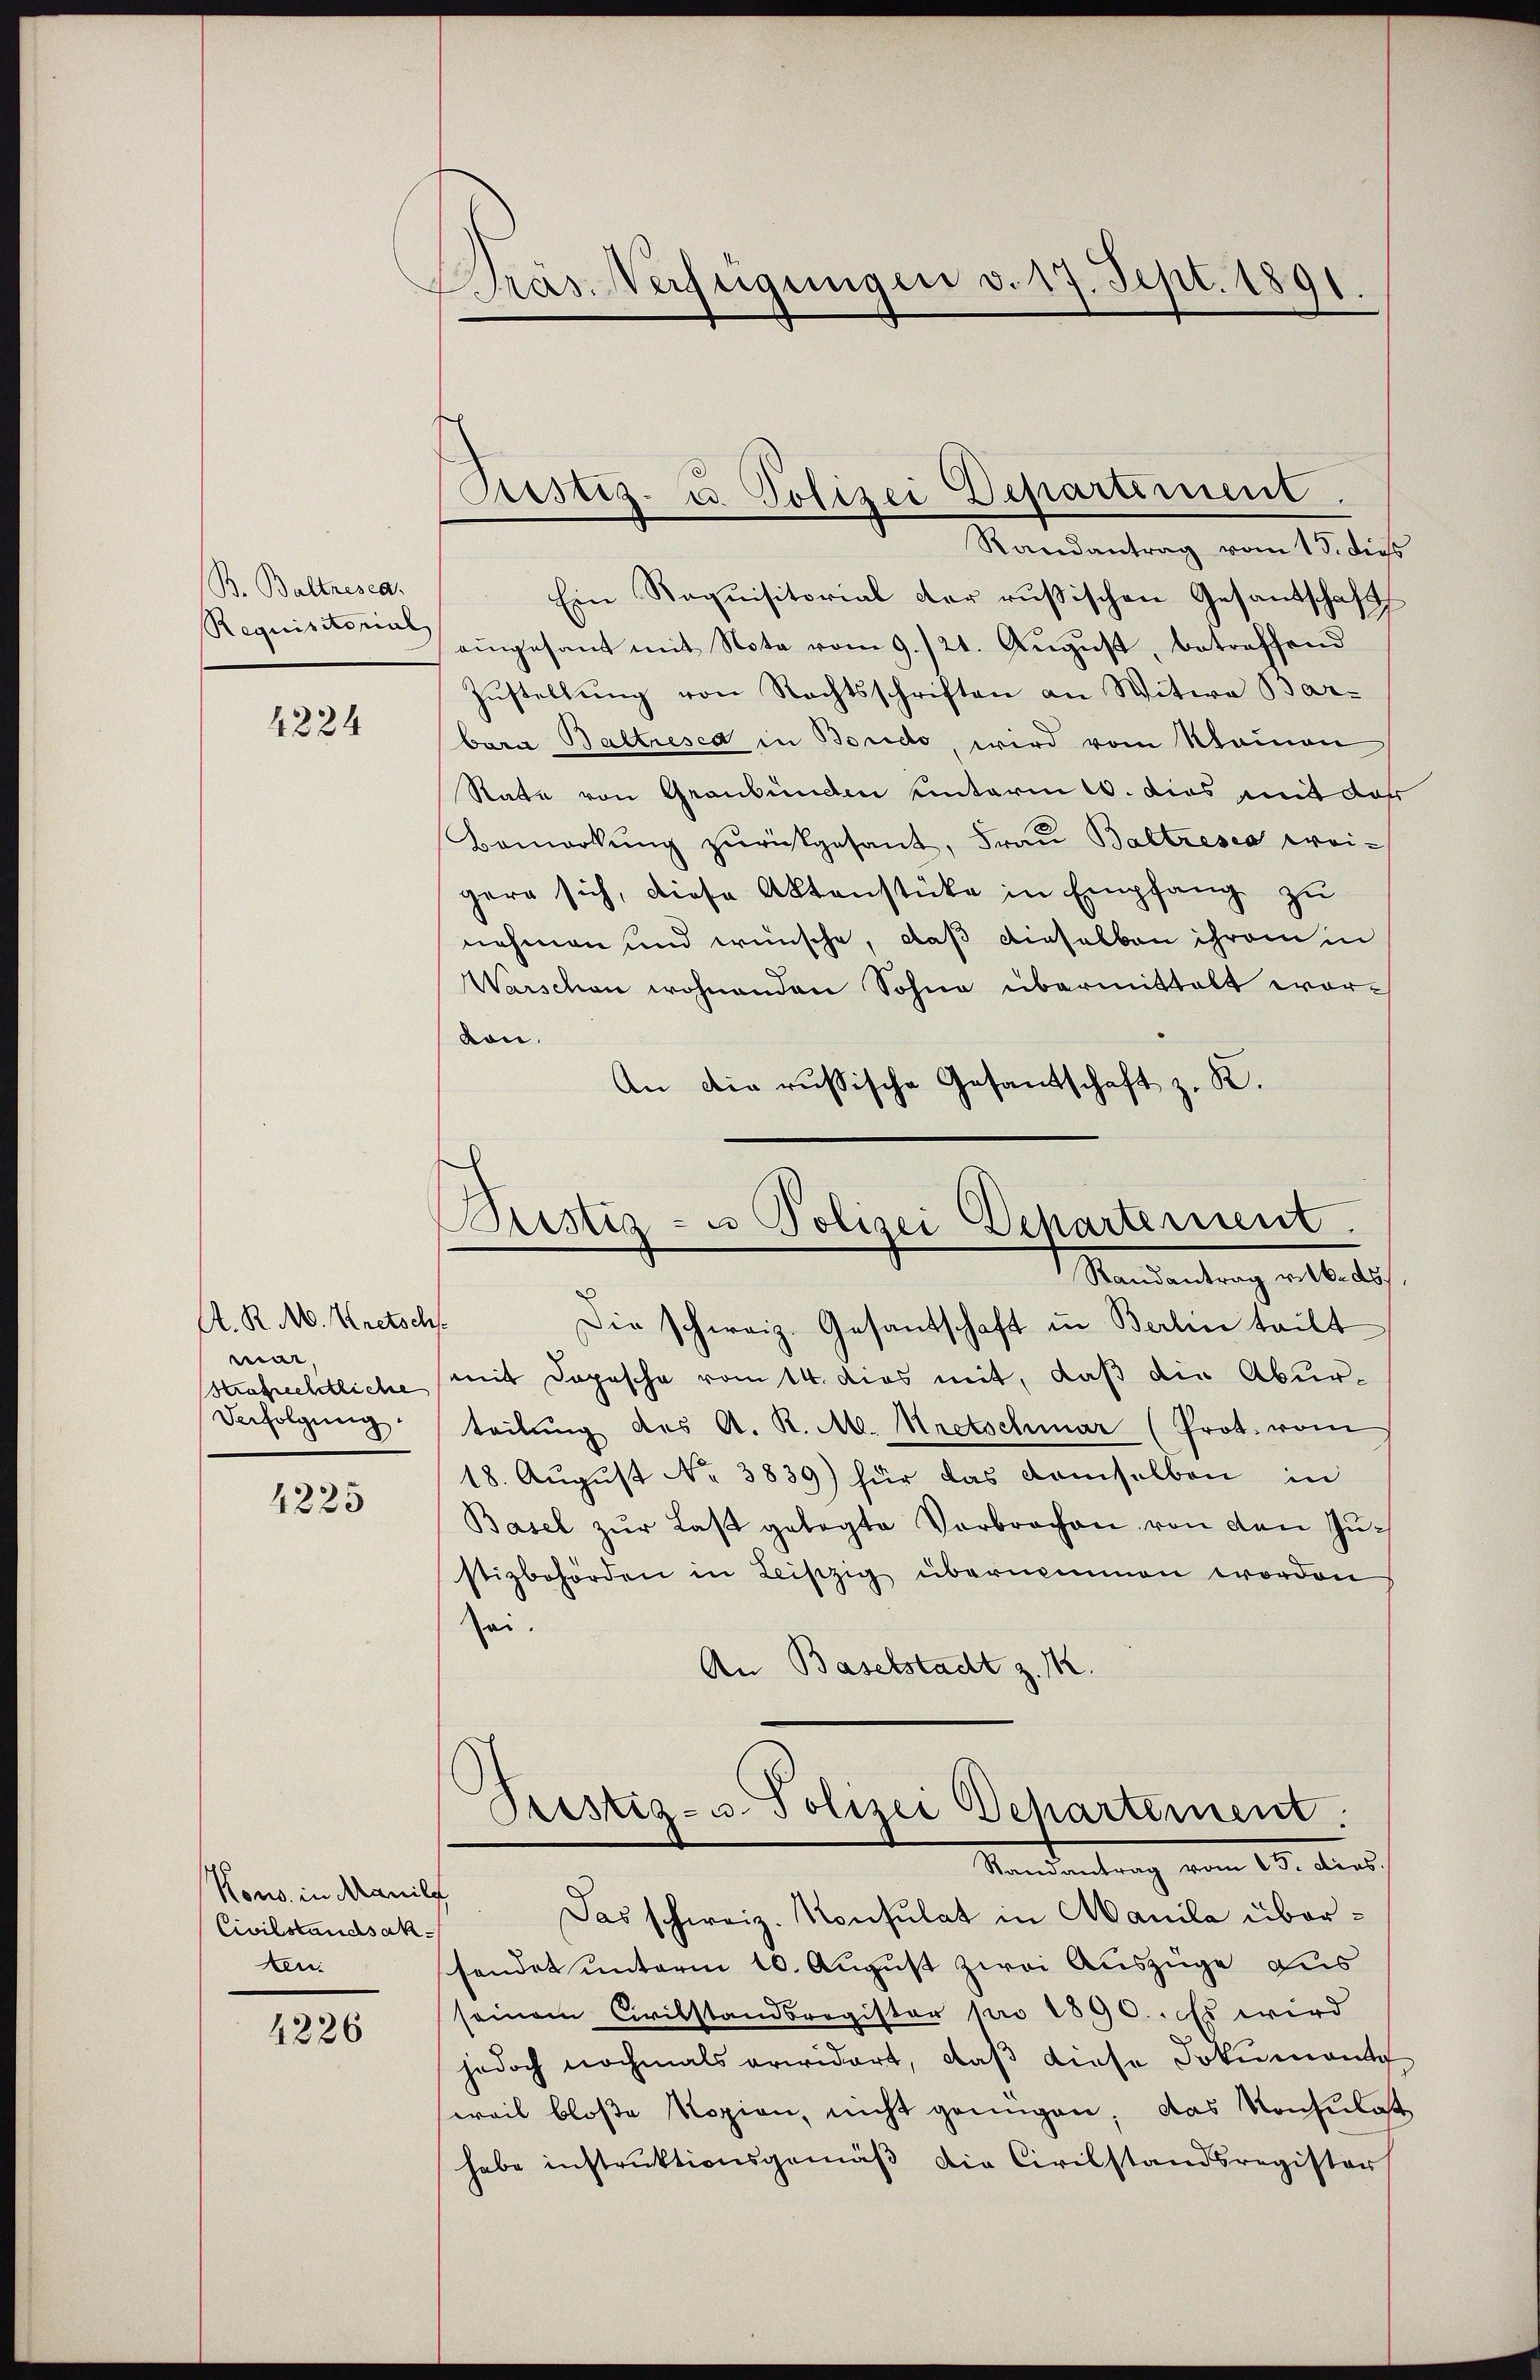
B. Baltzesea
Requisitorial

4224

A. R. M. Kretsch
mai,
Strafrechtliche
Verfolgung.

4225

Kons. in Manil
Civilstandsak
ten:

4226

Gras Verfügungen v. 17. Sept. 1891.

Ein Requisitorial der rusischen Gesandschaft
eingesant mit Nota vom 9./21. August, betreffend
Zustellung von Rechtsschriften an Witwe Barbara Baltresed in Bondo, wird vom Kleinen
Rate von Graubünden einterm 1. dies mit das
Bemerkŭng zŭrückgesant, Frau Baltresia weigern sich, diese Aktenstücke in Empfang zu
nehmen und wünsche, daß dieselben ihrem in
Warschen wohnenden Sohne übermittelt wordon.
An die russische Gesandtschaft z. K.

Pustiz- u. Polizei Departement
Randantrag vom 13. dies

Bustiz- u Polizei Departement
Namentrag an besch

Die schweiz. Gesandschaft in Berlin teilt
mit Depesche vom 14. dies mit, daß die Aburteilung des A. R. M. Kretschmar (Prot. vom
18. August No 3839) für das demselben in
Basel zŭr Last gelegte Verbrochen von den Zŭ-
stizbehörden in Leiszig übernommen worden
sei.
An Baselstadt z. M.

Pristig- u. Polizei Departement
Veniendung vom 15. Aus

t
Das schweiz. Konsulat in Manila übersendet unterm 10. August zwei Auszüge aus
seinem Civilstandsregister pro 1890. Es wird
jedoch nochmals erwidert, daß diese Dokumente
weil bloße Kopien, nicht genügen, das Konsulat
habe instruktionsgemäß die Civilstandsregister